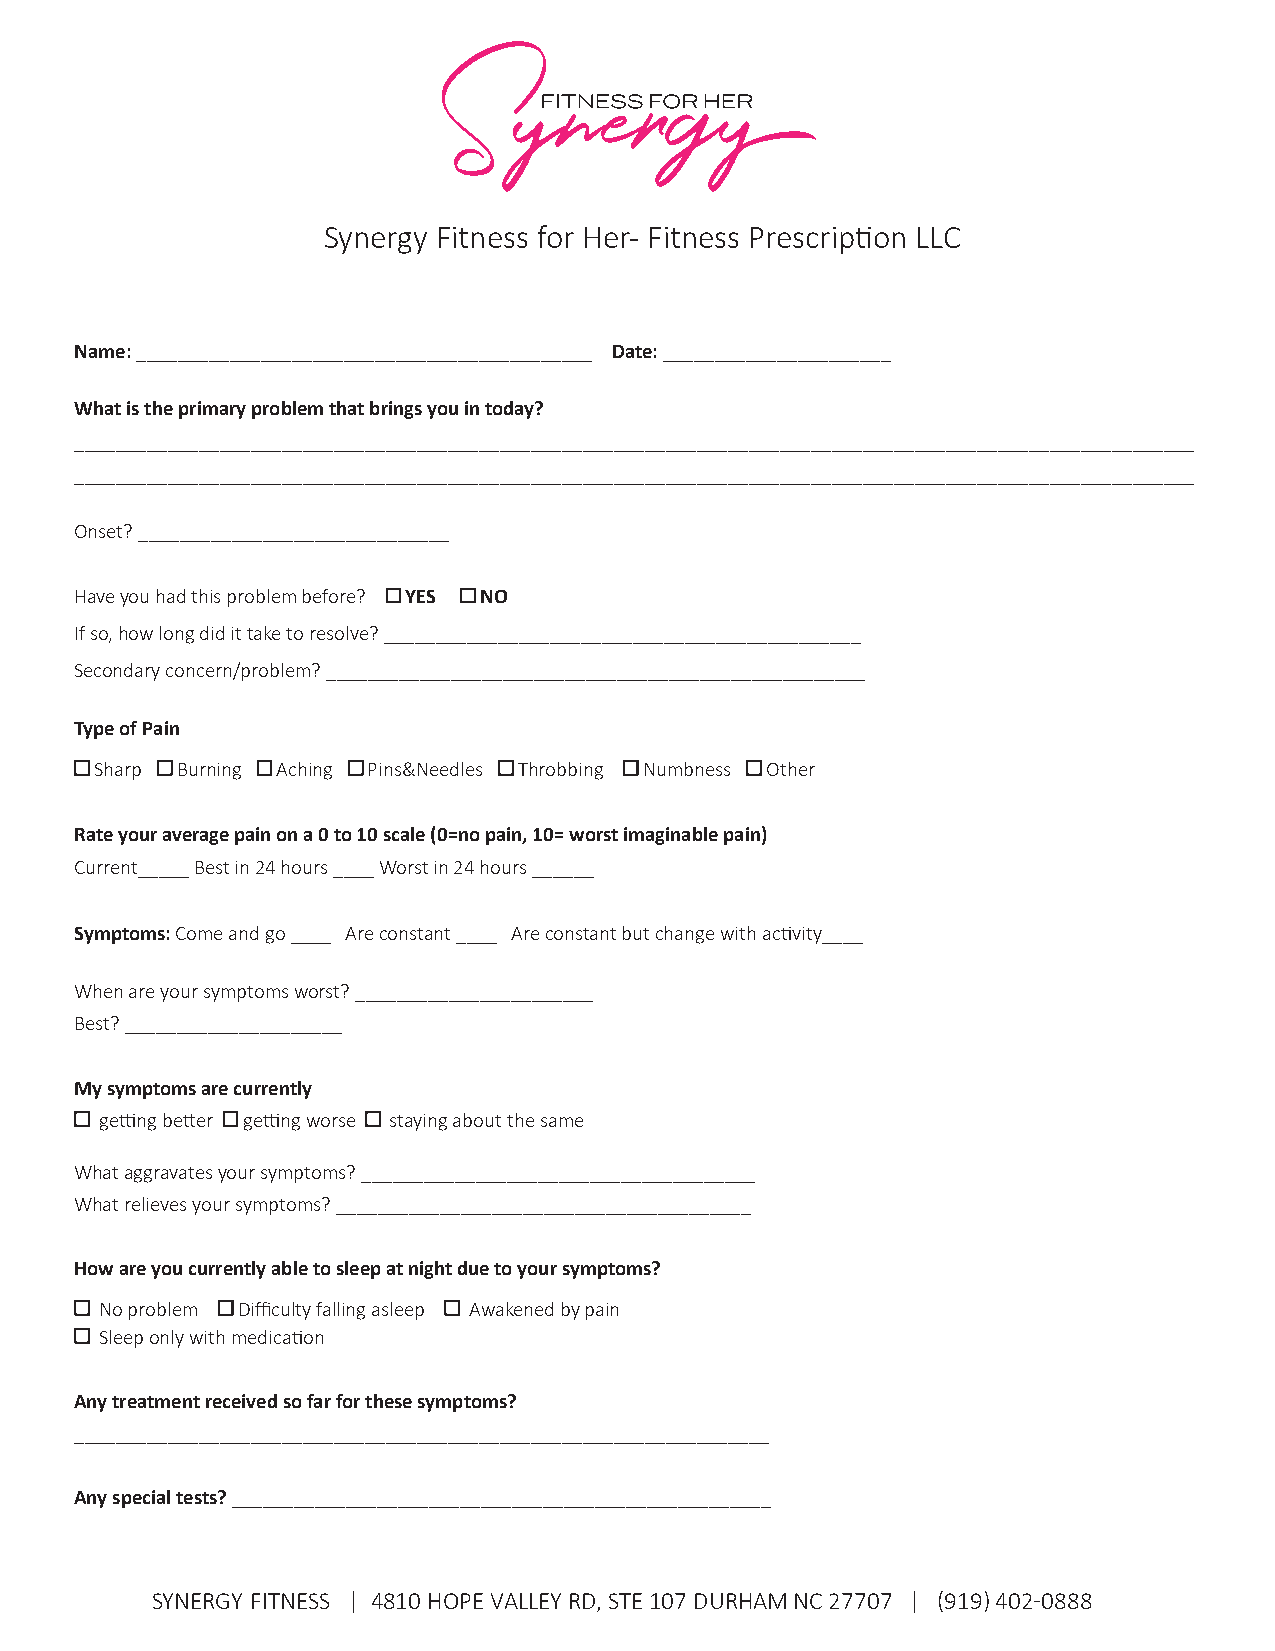
Synergy Fitness for Her- Fitness Prescription LLC
 Name: ____________________________________________ Date: ______________________
 What is the primary problem that brings you in today?
 ____________________________________________________________________________________________________________
 ____________________________________________________________________________________________________________
 Onset? ______________________________
 Have you had this problem before? YES NO
 If so, how long did it take to resolve? ______________________________________________
 Secondary concern/problem? ____________________________________________________
 Type of Pain
 Sharp Burning Aching Pins&Needles Throbbing Numbness Other
 Rate your average pain on a 0 to 10 scale (0=no pain, 10= worst imaginable pain)
 Current_____ Best in 24 hours ____ Worst in 24 hours ______
 Symptoms: Come and go ____ Are constant ____ Are constant but change with activity____
 When are your symptoms worst? _______________________
 Best? _____________________
 My symptoms are currently
 getting better getting worse staying about the same
 What aggravates your symptoms? ______________________________________
 What relieves your symptoms? ________________________________________
 How are you currently able to sleep at night due to your symptoms?
 No problem Difficulty falling asleep Awakened by pain
 Sleep only with medication
 Any treatment received so far for these symptoms?
 ___________________________________________________________________
 Any special tests? ____________________________________________________
 SYNERGY FITNESS | 4810 HOPE VALLEY RD, STE 107 DURHAM NC 27707 | (919) 402-0888